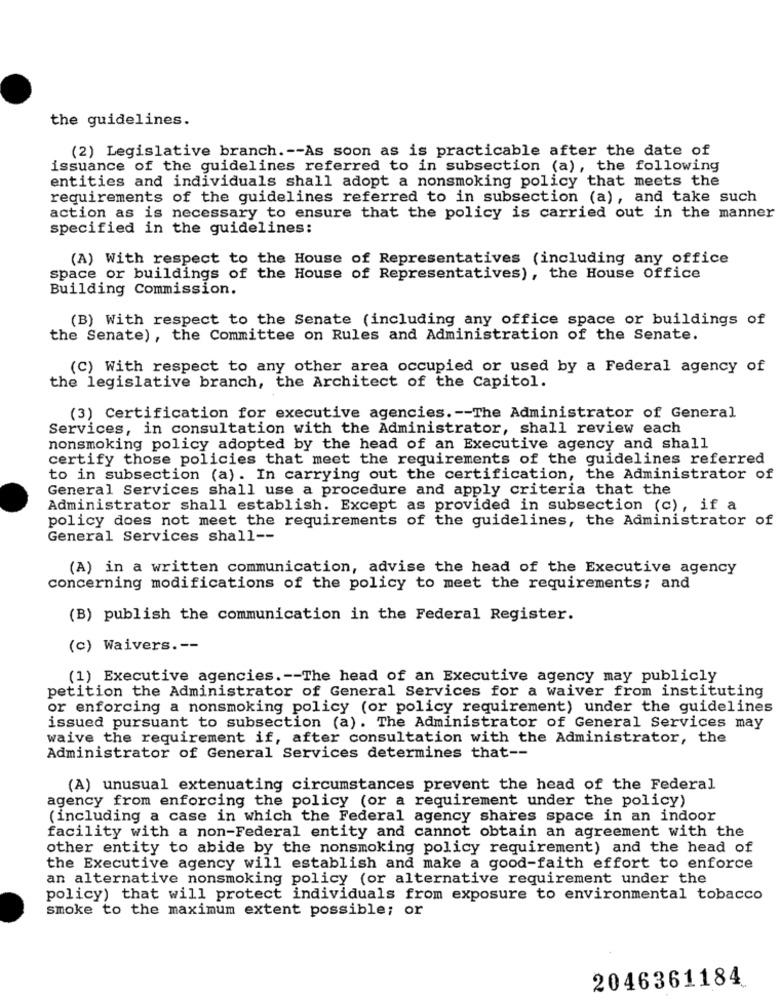
the guidelines.
(2) Legislative branch .-- As soon as is practicable after the date of
issuance of the guidelines referred to in subsection (a), the following
entities and individuals shall adopt a nonsmoking policy that meets the
requirements of the guidelines referred to in subsection (a), and take such
action as is necessary to ensure that the policy is carried out in the manner
specified in the guidelines:
(A) With respect to the House of Representatives (including any office
space or buildings of the House of Representatives), the House Office
Building Commission.
(B) With respect to the Senate (including any office space or buildings of
the Senate), the Committee on Rules and Administration of the Senate.
(C) With respect to any other area occupied or used by a Federal agency of
the legislative branch, the Architect of the Capitol.
(3) Certification for executive agencies .-- The Administrator of General
Services, in consultation with the Administrator, shall review each
nonsmoking policy adopted by the head of an Executive agency and shall
certify those policies that meet the requirements of the guidelines referred
to in subsection (a). In carrying out the certification, the Administrator of
General Services shall use a procedure and apply criteria that the
Administrator shall establish. Except as provided in subsection (c), if a
policy does not meet the requirements of the guidelines, the Administrator of
General Services shall --
(A) in a written communication, advise the head of the Executive agency
concerning modifications of the policy to meet the requirements; and
(B) publish the communication in the Federal Register.
(c) Waivers .--
(1) Executive agencies .-- The head of an Executive agency may publicly
petition the Administrator of General Services for a waiver from instituting
or enforcing a nonsmoking policy (or policy requirement) under the guidelines
issued pursuant to subsection (a). The Administrator of General Services may
waive the requirement if, after consultation with the Administrator, the
Administrator of General Services determines that --
(A) unusual extenuating circumstances prevent the head of the Federal
agency from enforcing the policy (or a requirement under the policy)
(including a case in which the Federal agency shares space in an indoor
facility with a non-Federal entity and cannot obtain an agreement with the
other entity to abide by the nonsmoking policy requirement) and the head of
the Executive agency will establish and make a good-faith effort to enforce
an alternative nonsmoking policy (or alternative requirement under the
policy) that will protect individuals from exposure to environmental tobacco
smoke to the maximum extent possible; or
2046361184